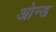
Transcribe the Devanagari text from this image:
ओन्ड